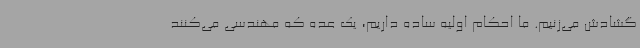
گشادش می‌زنیم. ما احکام اولیه ساده داریم، یک عده که مهندسی می‌کنند